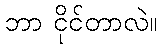
ဘာ ငိုင်တာလဲ။